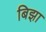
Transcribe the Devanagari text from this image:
बिझा